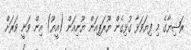
ރަޝިޔާގެ މި ފިޔަވަޅާ ގުޅިގެން ޔޫރަޕިއަން ޔޫނިއަން (އީޔޫ) އިން ވަނީ ވަރަށް